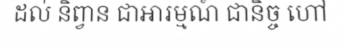
ដល់ និព្វាន ជាឤរម្មណ៍ ជានិច្ច ហៅ